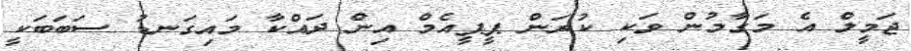
ޖަމީލް އެ މަގާމުން ވަކި ކުރަން ޕީޕީއެމް އިން ދައްކާ މައިގަނޑު ސަބަބަކީ